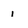
Character: i